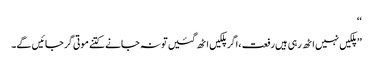
‘‘
’’پلکیں نہیں اٹھ رہی ہیں رفعت ،اگر پلکیں اٹھ گئیں تو نہ جانے کتنے موتی گر جائیں گے۔